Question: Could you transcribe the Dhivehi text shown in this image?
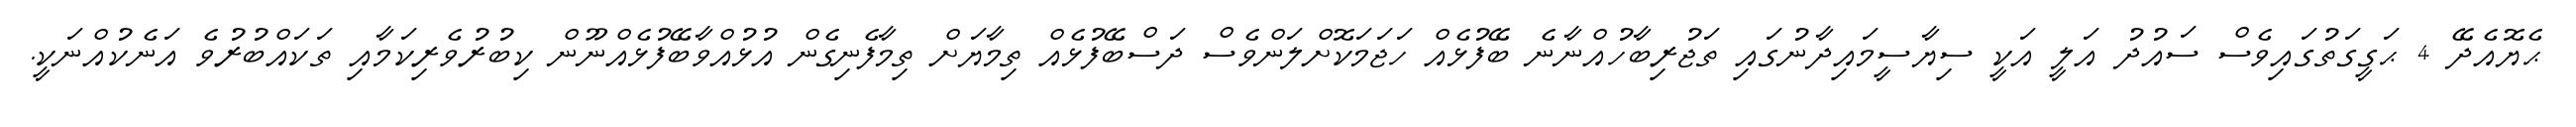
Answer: ޙެޔޮއެދޭ 4 ޙަގީގަތުގައިވެސް ސައުދު އަލީ އަކީ ސިޔާސީމައިދާނުގައި ތަޖުރިބާހުއްނާނެ ބޭފުޅެއް ހަޖަމަކޮށްލަންވެސް ދަސްބޭފުޅެއް ތިމާޔަށް ތިމާފެނިގެން އުޅުއްވާބޭފުޅެއްނޫން ކިބުރުވެރިކަމާއި ތަކައްބުރުވެ އަނެކުއްނަކީ.